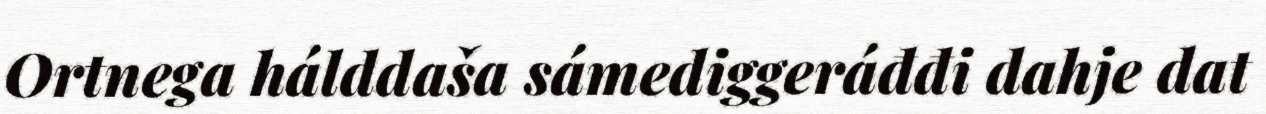
Ortnega hálddaša sámediggeráđđi dahje dat